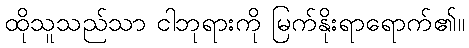
ထိုသူသည်သာ ငါဘုရားကို မြက်နိုးရာရောက်၏။